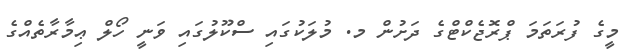
މީގެ ފުރަތަމަ ޕްރޮޖެކްޓްގެ ދަށުން މ. މުލަކުގައި ސްކޫލުގައި ވަނީ ހޯލް ޢިމާރާތެއްގެ